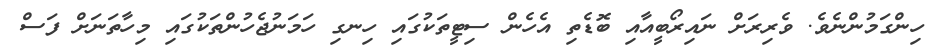
ހިންގަމުންނެވެ. ވެރިރަށް ނައިރޯބީއާއި ބޮޑެތި އެހެން ސިޓީތަކުގައި ހިނގި ހަމަނުޖެހުންތަކުގައި މިހާތަނަށް ފަސް